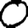
Digit: 0